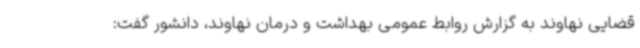
قضایی نهاوند به گزارش روابط عمومی بهداشت و درمان نهاوند، دانشور گفت: